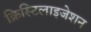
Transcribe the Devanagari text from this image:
क्रिस्टिलाइजेशन